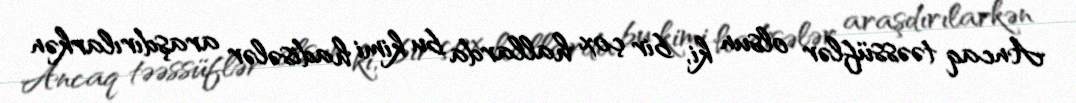
Ancaq təəssüflər olsun ki, bir çox hallarda bu kimi hadisələr araşdırılarkən